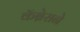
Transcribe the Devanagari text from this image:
कॅब्रेराने